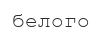
белого